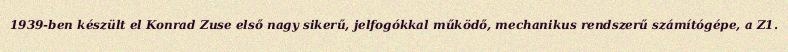
1939-ben készült el Konrad Zuse első nagy sikerű, jelfogókkal működő, mechanikus rendszerű számítógépe, a Z1.